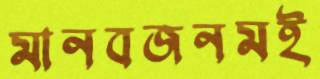
মানবজনমই